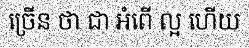
ច្រើន ថា ជា អំពើ ល្អ ហើយ